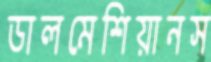
ডালমেশিয়ানস